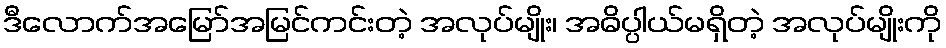
ဒီလောက်အမြော်အမြင်ကင်းတဲ့ အလုပ်မျိုး၊ အဓိပ္ပါယ်မရှိတဲ့ အလုပ်မျိုးကို